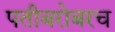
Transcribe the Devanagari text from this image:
पतीबरोबरच